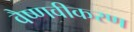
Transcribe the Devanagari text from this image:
वैष्णवीकरण